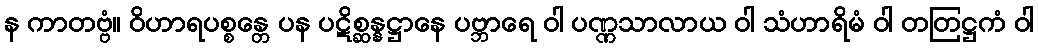
န ကာတဗ္ဗံ။ ဝိဟာရပစ္စန္တေ ပန ပဋိစ္ဆန္နဋ္ဌာနေ ပဗ္ဘာရေ ဝါ ပဏ္ဏသာလာယ ဝါ သံဟာရိမံ ဝါ တတြဋ္ဌကံ ဝါ